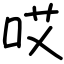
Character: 哎